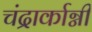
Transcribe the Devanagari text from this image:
चंद्रार्काग्नी